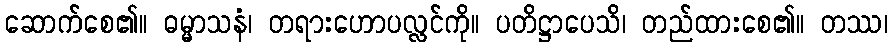
ဆောက်စေ၏။ ဓမ္မာသနံ၊ တရားဟောပလ္လင်ကို။ ပတိဋ္ဌာပေသိ၊ တည်ထားစေ၏။ တဿ၊